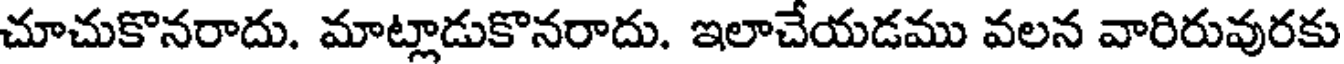
చూచుకొనరాదు. మాట్లాడుకొనరాదు. ఇలాచేయడము వలన వారిరువురకు